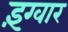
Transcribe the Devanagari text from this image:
इंग्वार